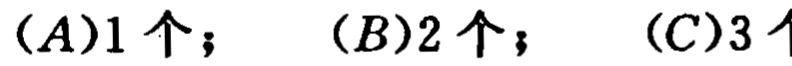
(A)1 个； (B)2 个； (C)3 个